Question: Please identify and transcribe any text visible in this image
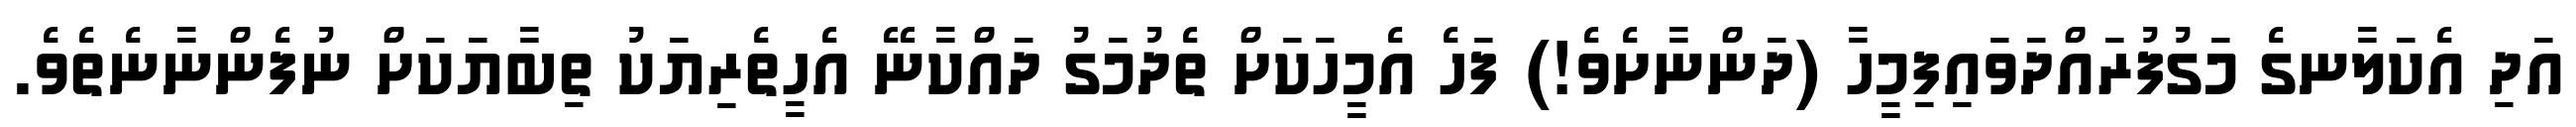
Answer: އަދި އެކަލާނގެ މަގުފުރައްދަވައިފިމީހާ (ދަންނާށެވެ!) ފަހެ އެމީހަކަށް ތެދުމަގު ދައްކާނޭ އެހީތެރިޔަކު ތިބާޔަކަށް ނުފެންނާނެތެވެ.